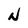
Character: N